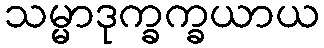
သမ္မာဒုက္ခက္ခယာယ